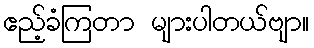
ဧည့်ခံကြတာ များပါတယ်ဗျာ။